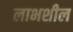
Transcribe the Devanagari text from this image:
लाभशील